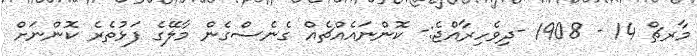
މާރޗް 14 - 1908 -ދިވެހިރާއްޖެ:- ކޮންނައެއްޗެއް ގެނެސްގެން މާލޭގެ ފަޅުތެރެ ކޮންނަށް